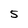
Character: 5